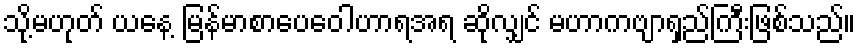
သို့မဟုတ် ယနေ့ မြန်မာစာပေဝေါဟာရအရ ဆိုလျှင် မဟာကဗျာရှည်ကြီးဖြစ်သည်။